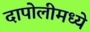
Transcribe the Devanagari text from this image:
दापोलीमध्ये